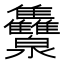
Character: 𭳾